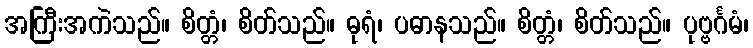
အကြီးအကဲသည်။ စိတ္တံ၊ စိတ်သည်။ ဓုရံ၊ ပဓာနသည်။ စိတ္တံ၊ စိတ်သည်။ ပုဗ္ဗင်္ဂမံ၊